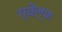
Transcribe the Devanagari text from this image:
ग्वेल्फ